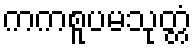
ကကစူပမသုတ္တံ